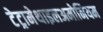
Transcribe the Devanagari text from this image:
टेट्रामेथाइलअमोनियम